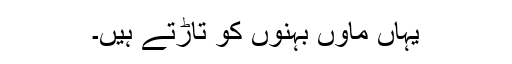
یہاں ماؤں بہنوں کو تاڑتے ہیں۔